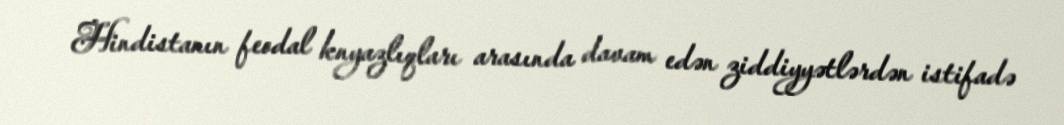
Hindistanın feodal knyazlıqları arasında davam edən ziddiyyətlərdən istifadə